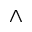
\wedge